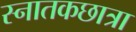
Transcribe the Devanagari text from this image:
स्नातकछात्रा